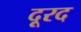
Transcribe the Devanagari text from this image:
दूरद